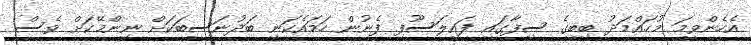
އެހެންވީމަ މުހައްމަދު ބިބީގެ ސިފާގައި ފައިލަސޫފި ފެނުން ހަމައެކަނި ބަދުނަސީބަކަށް ނިންމޭކަށް ވެސް